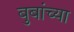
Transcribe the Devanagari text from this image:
बुबांच्या